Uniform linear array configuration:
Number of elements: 48
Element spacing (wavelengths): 1
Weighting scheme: kaiser
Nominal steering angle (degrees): -60
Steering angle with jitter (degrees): -60.698
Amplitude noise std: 0.05
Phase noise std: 0.05

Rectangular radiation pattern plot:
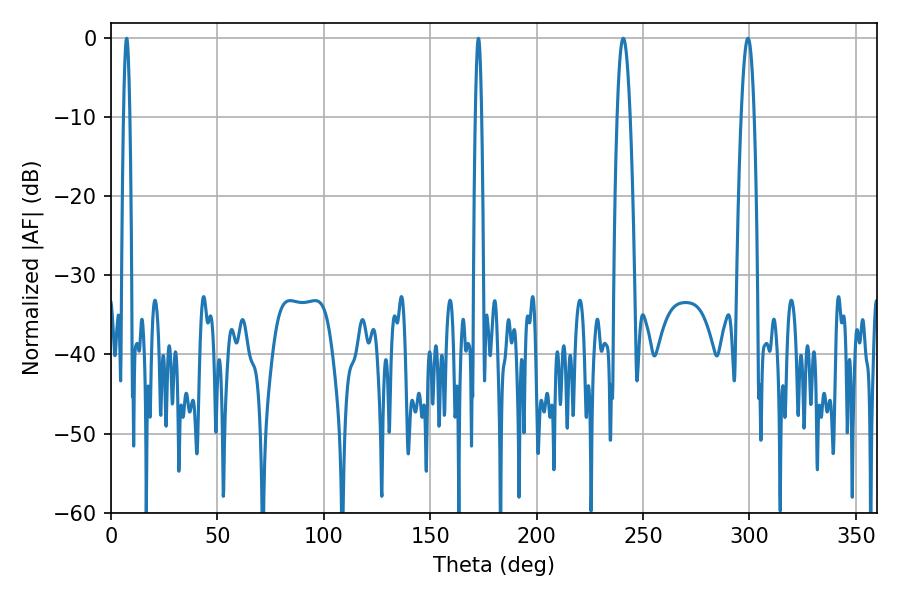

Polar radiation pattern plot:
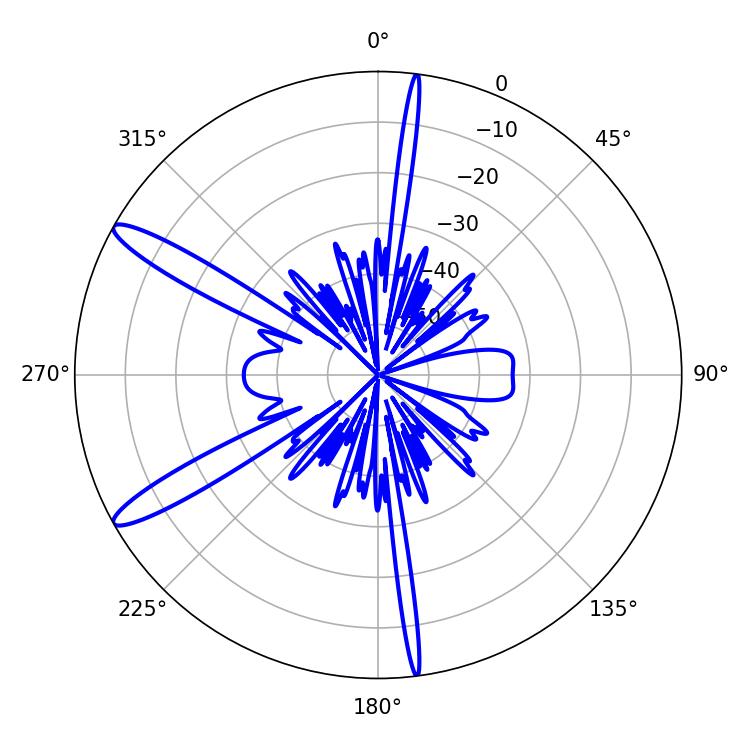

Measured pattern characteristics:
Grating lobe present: TRUE
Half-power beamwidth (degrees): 3.42
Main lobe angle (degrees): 240.66